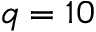
q = 1 0